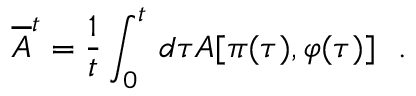
\overline { { { A } } } ^ { t } = \frac { 1 } { t } \int _ { 0 } ^ { t } \, d \tau A [ \pi ( \tau ) , \varphi ( \tau ) ] ~ ~ .